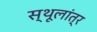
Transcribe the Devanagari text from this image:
स्‍थूलांत्र